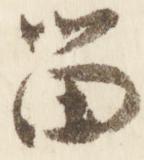
留